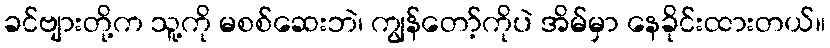
ခင်ဗျားတို့က သူ့ကို မစစ်ဆေးဘဲ၊ ကျွန်တော့်ကိုပဲ အိမ်မှာ နေခိုင်းထားတယ်။